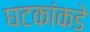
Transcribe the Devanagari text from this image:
घटकांकडे